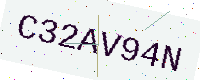
Text: C32AV94N